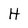
Character: H